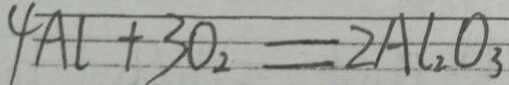
4 A l + 3 O _ { 2 } = 2 A l _ { 2 } O _ { 3 }